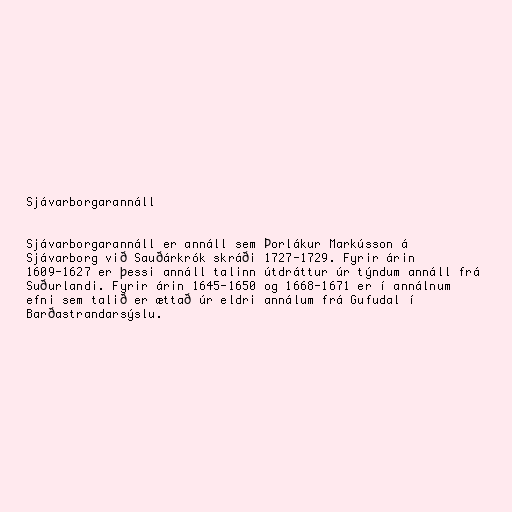
Sjávarborgarannáll

Sjávarborgarannáll er annáll sem Þorlákur Markússon á
Sjávarborg við Sauðárkrók skráði 1727-1729. Fyrir árin
1609-1627 er þessi annáll talinn útdráttur úr týndum annáll frá
Suðurlandi. Fyrir árin 1645-1650 og 1668-1671 er í annálnum
efni sem talið er ættað úr eldri annálum frá Gufudal í
Barðastrandarsýslu.